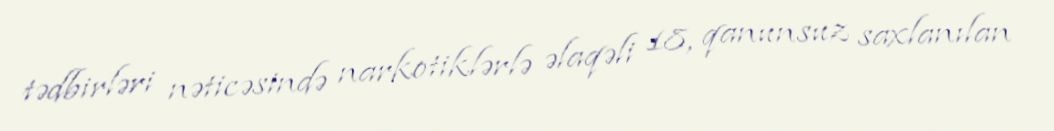
tədbirləri nəticəsində narkotiklərlə əlaqəli 18, qanunsuz saxlanılan